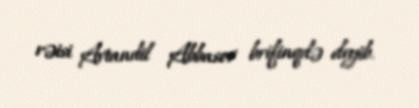
rəisi Avtandil Abbasov brifinqdə deyib.